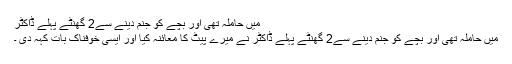
میں حاملہ تھی اور بچے کو جنم دینے سے2 گھنٹے پہلے ڈاکٹر
میں حاملہ تھی اور بچے کو جنم دینے سے2 گھنٹے پہلے ڈاکٹر نے میرے پیٹ کا معائنہ کیا اور ایسی خوفناک بات کہہ دی ۔